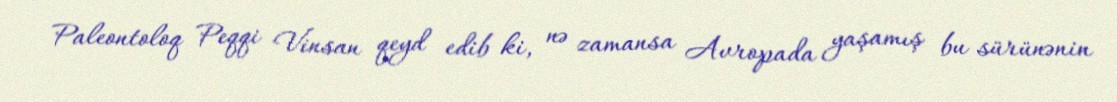
Paleontoloq Peqqi Vinsan qeyd edib ki, nə zamansa Avropada yaşamış bu sürünənin